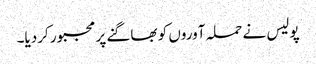
پولیس نے حملہ آوروں کو بھاگنے پر مجبور کردیا۔